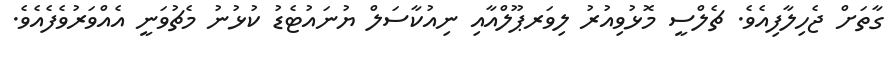
ގާތަށް ޖެހިލާފިއެވެ. ޗެލްސީ މޮޅުވިއުރު ލިވަރޕޫލްއާއި ނިއުކާސަލް ޔުނައުޓެޑު ކުޅުނު މެޗުވަނީ އެއްވަރުވެފެއެވެ.